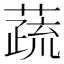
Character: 蔬